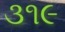
૩૧૯